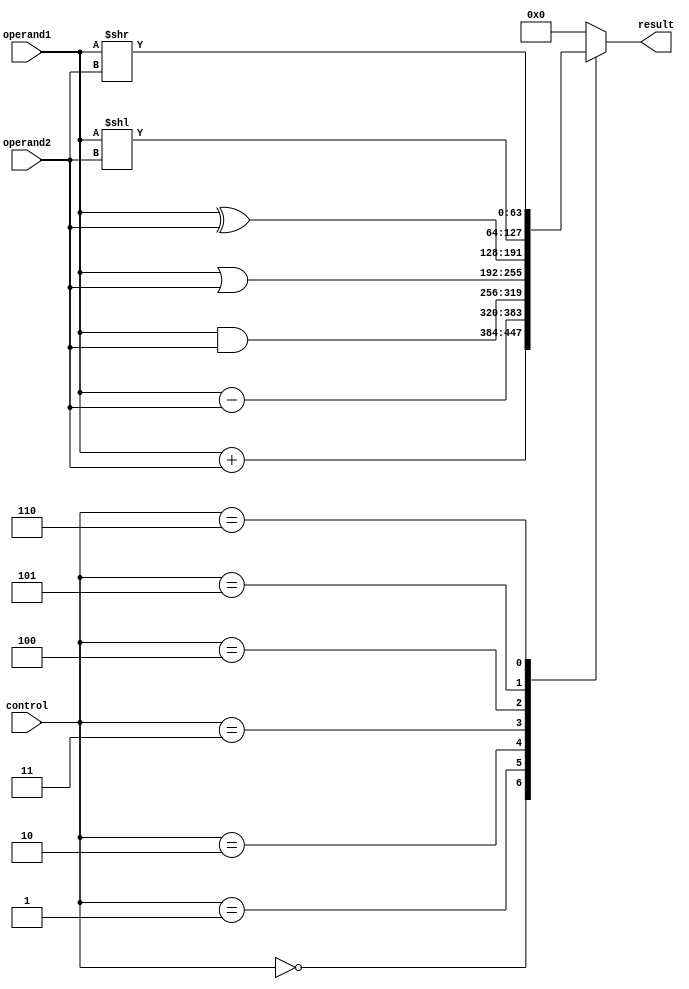
module ALU(input [63:0] operand1,
           input [63:0] operand2,
           input [2:0] control,
           output reg [63:0] result
          );
          
   always @ (operand1, operand2, control)
   begin
      case (control)
         3'b000: result = operand1 + operand2;   // Addition
         3'b001: result = operand1 - operand2;   // Subtraction
         3'b010: result = operand1 & operand2;   // AND
         3'b011: result = operand1 | operand2;   // OR
         3'b100: result = operand1 ^ operand2;   // XOR
         3'b101: result = operand1 << operand2;  // Left shift
         3'b110: result = operand1 >> operand2;  // Right shift
         default: result = 64'h0000000000000000; // Default (no operation)
      endcase
   end
          
endmodule